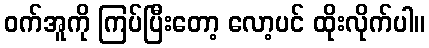
ဝက်အူကို ကြပ်ပြီးတော့ လော့ပင် ထိုးလိုက်ပါ။